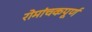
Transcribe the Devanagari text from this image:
रोमांचकपूर्ण